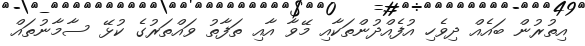
އިތުރުން ބައެއް ދިވެހި އުފެއްދުންތަކާއި މޭވާ އާއި ތަފާތު ވައްތަރުގެ ކުޅޭ ސާމާނުތައް